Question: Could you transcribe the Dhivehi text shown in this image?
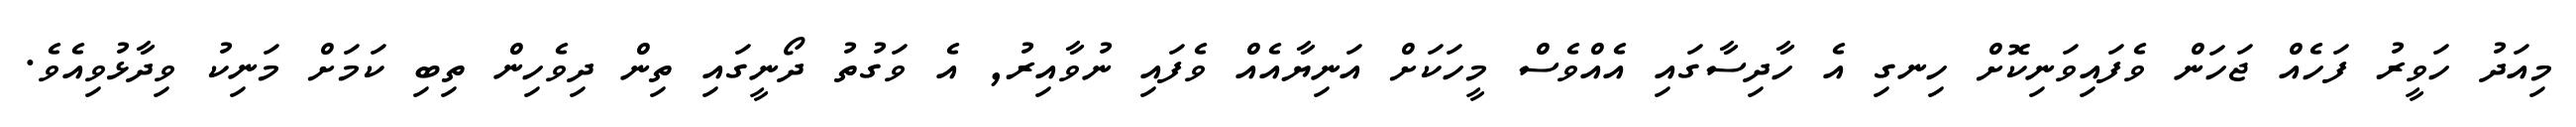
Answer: މިއަދު ހަވީރު ފަހެއް ޖަހަން ވެފައިވަނިކޮށް ހިނގި އެ ހާދިސާގައި އެއްވެސް މީހަކަށް އަނިޔާއެއް ވެފައި ނުވާއިރު, އެ ވަގުތު ދޯނީގައި ތިން ދިވެހިން ތިބި ކަމަށް މަނިކު ވިދާޅުވިއެވެ.